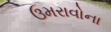
ઉમરાવોના